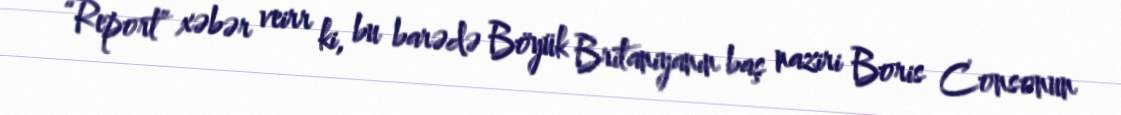
“Report” xəbər veirr ki, bu barədə Böyük Britaniyanın baş naziri Boris Consonun